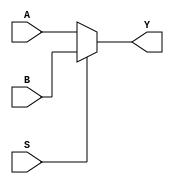
`ifndef REMOVER

module parameterized_mux(A, B, S, Y);
    parameter width = 32;
    input S;
    input  [width - 1:0] A, B;
    output [width - 1:0] Y;
    assign Y = S ? B : A;
endmodule
`endif